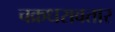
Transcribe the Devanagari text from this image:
चक्रधरावतार